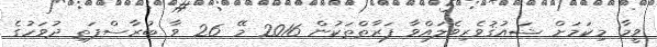
ވީމާ މިކަމަށް ޝައުޤުވެރިވެލައްވާ ފަރާތްތަކުން 2016 މޭ 26 ވާ ބުރާސްފަތި ދުވަހުގެ